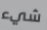
شيء